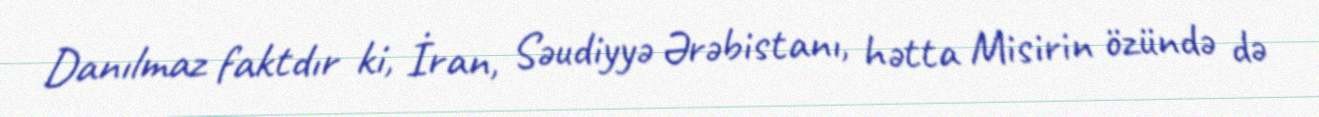
Danılmaz faktdır ki, İran, Səudiyyə Ərəbistanı, hətta Misirin özündə də